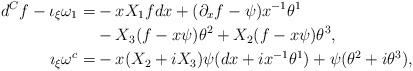
LaTeX: \begin{align*} d^Cf-\iota_\xi\omega_1 = & -xX_1f dx + (\partial_xf-\psi)x^{-1}\theta^1 \\ &- X_3(f-x\psi)\theta^2 + X_2(f-x\psi)\theta^3, \\ \imath_\xi\omega^c = & - x(X_2+iX_3)\psi (dx + i x^{-1}\theta^1) + \psi (\theta^2+i\theta^3) , \end{align*}